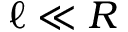
\ell \ll R